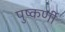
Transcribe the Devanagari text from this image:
पुष्कर्णी